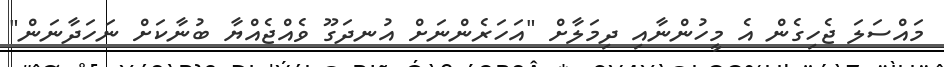
މައްސަލަ ޖެހިގެން އެ މީހުންނާއި ދިމަލާށް "އަހަރެންނަށް އުނދަގޫ ވެއްޖެއްޔާ ބުނާކަށް ނަހަދާނަން"